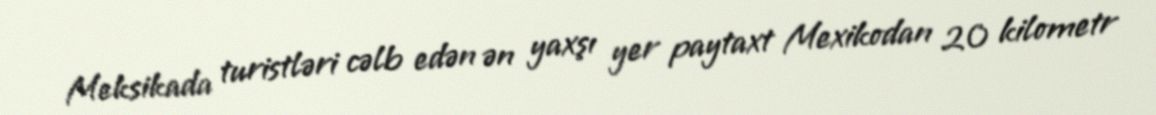
Meksikada turistləri cəlb edən ən yaxşı yer paytaxt Mexikodan 20 kilometr